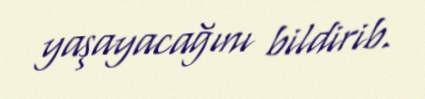
yaşayacağını bildirib.